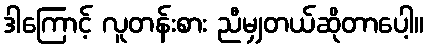
ဒါကြောင့် လူတန်းစား ညီမျှတယ်ဆိုတာပေါ့။